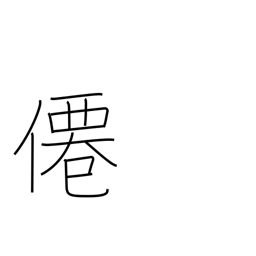
Meaning: hermit